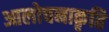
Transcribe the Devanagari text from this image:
आलोचनाकृति